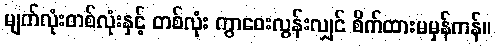
မျက်လုံးတစ်လုံးနှင့် တစ်လုံး ကွာဝေးလွန်းလျှင် စိက်ထားမမှန်ကန်။